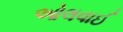
ઓલવાઈ